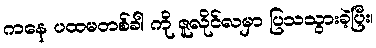
ကနေ ပထမတစ်ခါ ကို ဇူလိုင်လမှာ ပြသသွားခဲ့ပြီး၊